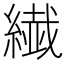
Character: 繊